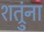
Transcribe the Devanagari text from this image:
शत्रुंना